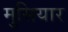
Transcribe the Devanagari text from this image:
मुसियार